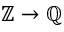
\mathbb { Z } \to \mathbb { Q }